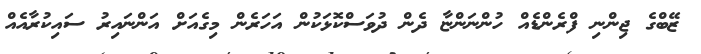
ޒޭބްގެ ޖިންނި ފްރެންޑެއް ހުންނަންޏާ ދެން ދުވަސްކޮޅަކުން އަހަރެން މިގެއަށް އަންނައިރު ސައިކުރާއެއް